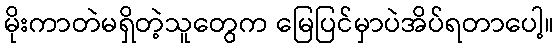
မိုးကာတဲမရှိတဲ့သူတွေက မြေပြင်မှာပဲအိပ်ရတာပေါ့။